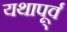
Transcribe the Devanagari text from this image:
यथापू्र्व